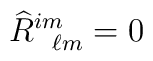
\widehat{R}^{im}_{\phantom{ij}\ell m } = 0